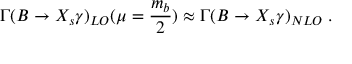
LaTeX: \Gamma ( B \rightarrow X _ { s } \gamma ) _ { L O } ( \mu = \frac { m _ { b } } { 2 } ) \approx \Gamma ( B \rightarrow X _ { s } \gamma ) _ { N L O } \; .